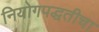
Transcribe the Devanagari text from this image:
नियोगपद्धतीचा